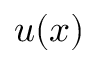
u ( x )